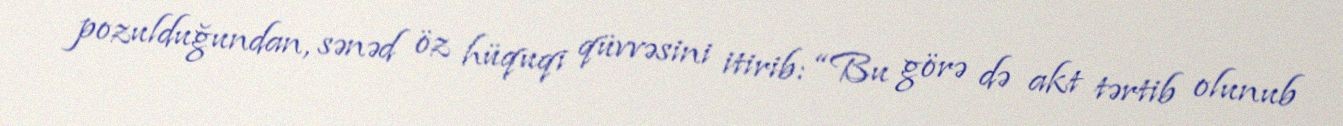
pozulduğundan, sənəd öz hüquqi qüvvəsini itirib: “Bu görə də akt tərtib olunub